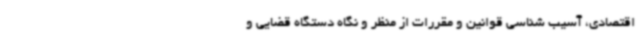
اقتصادی، آسیب شناسی قوانین و مقررات از منظر و نگاه دستگاه قضایی و